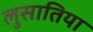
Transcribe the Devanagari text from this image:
लुसातिया